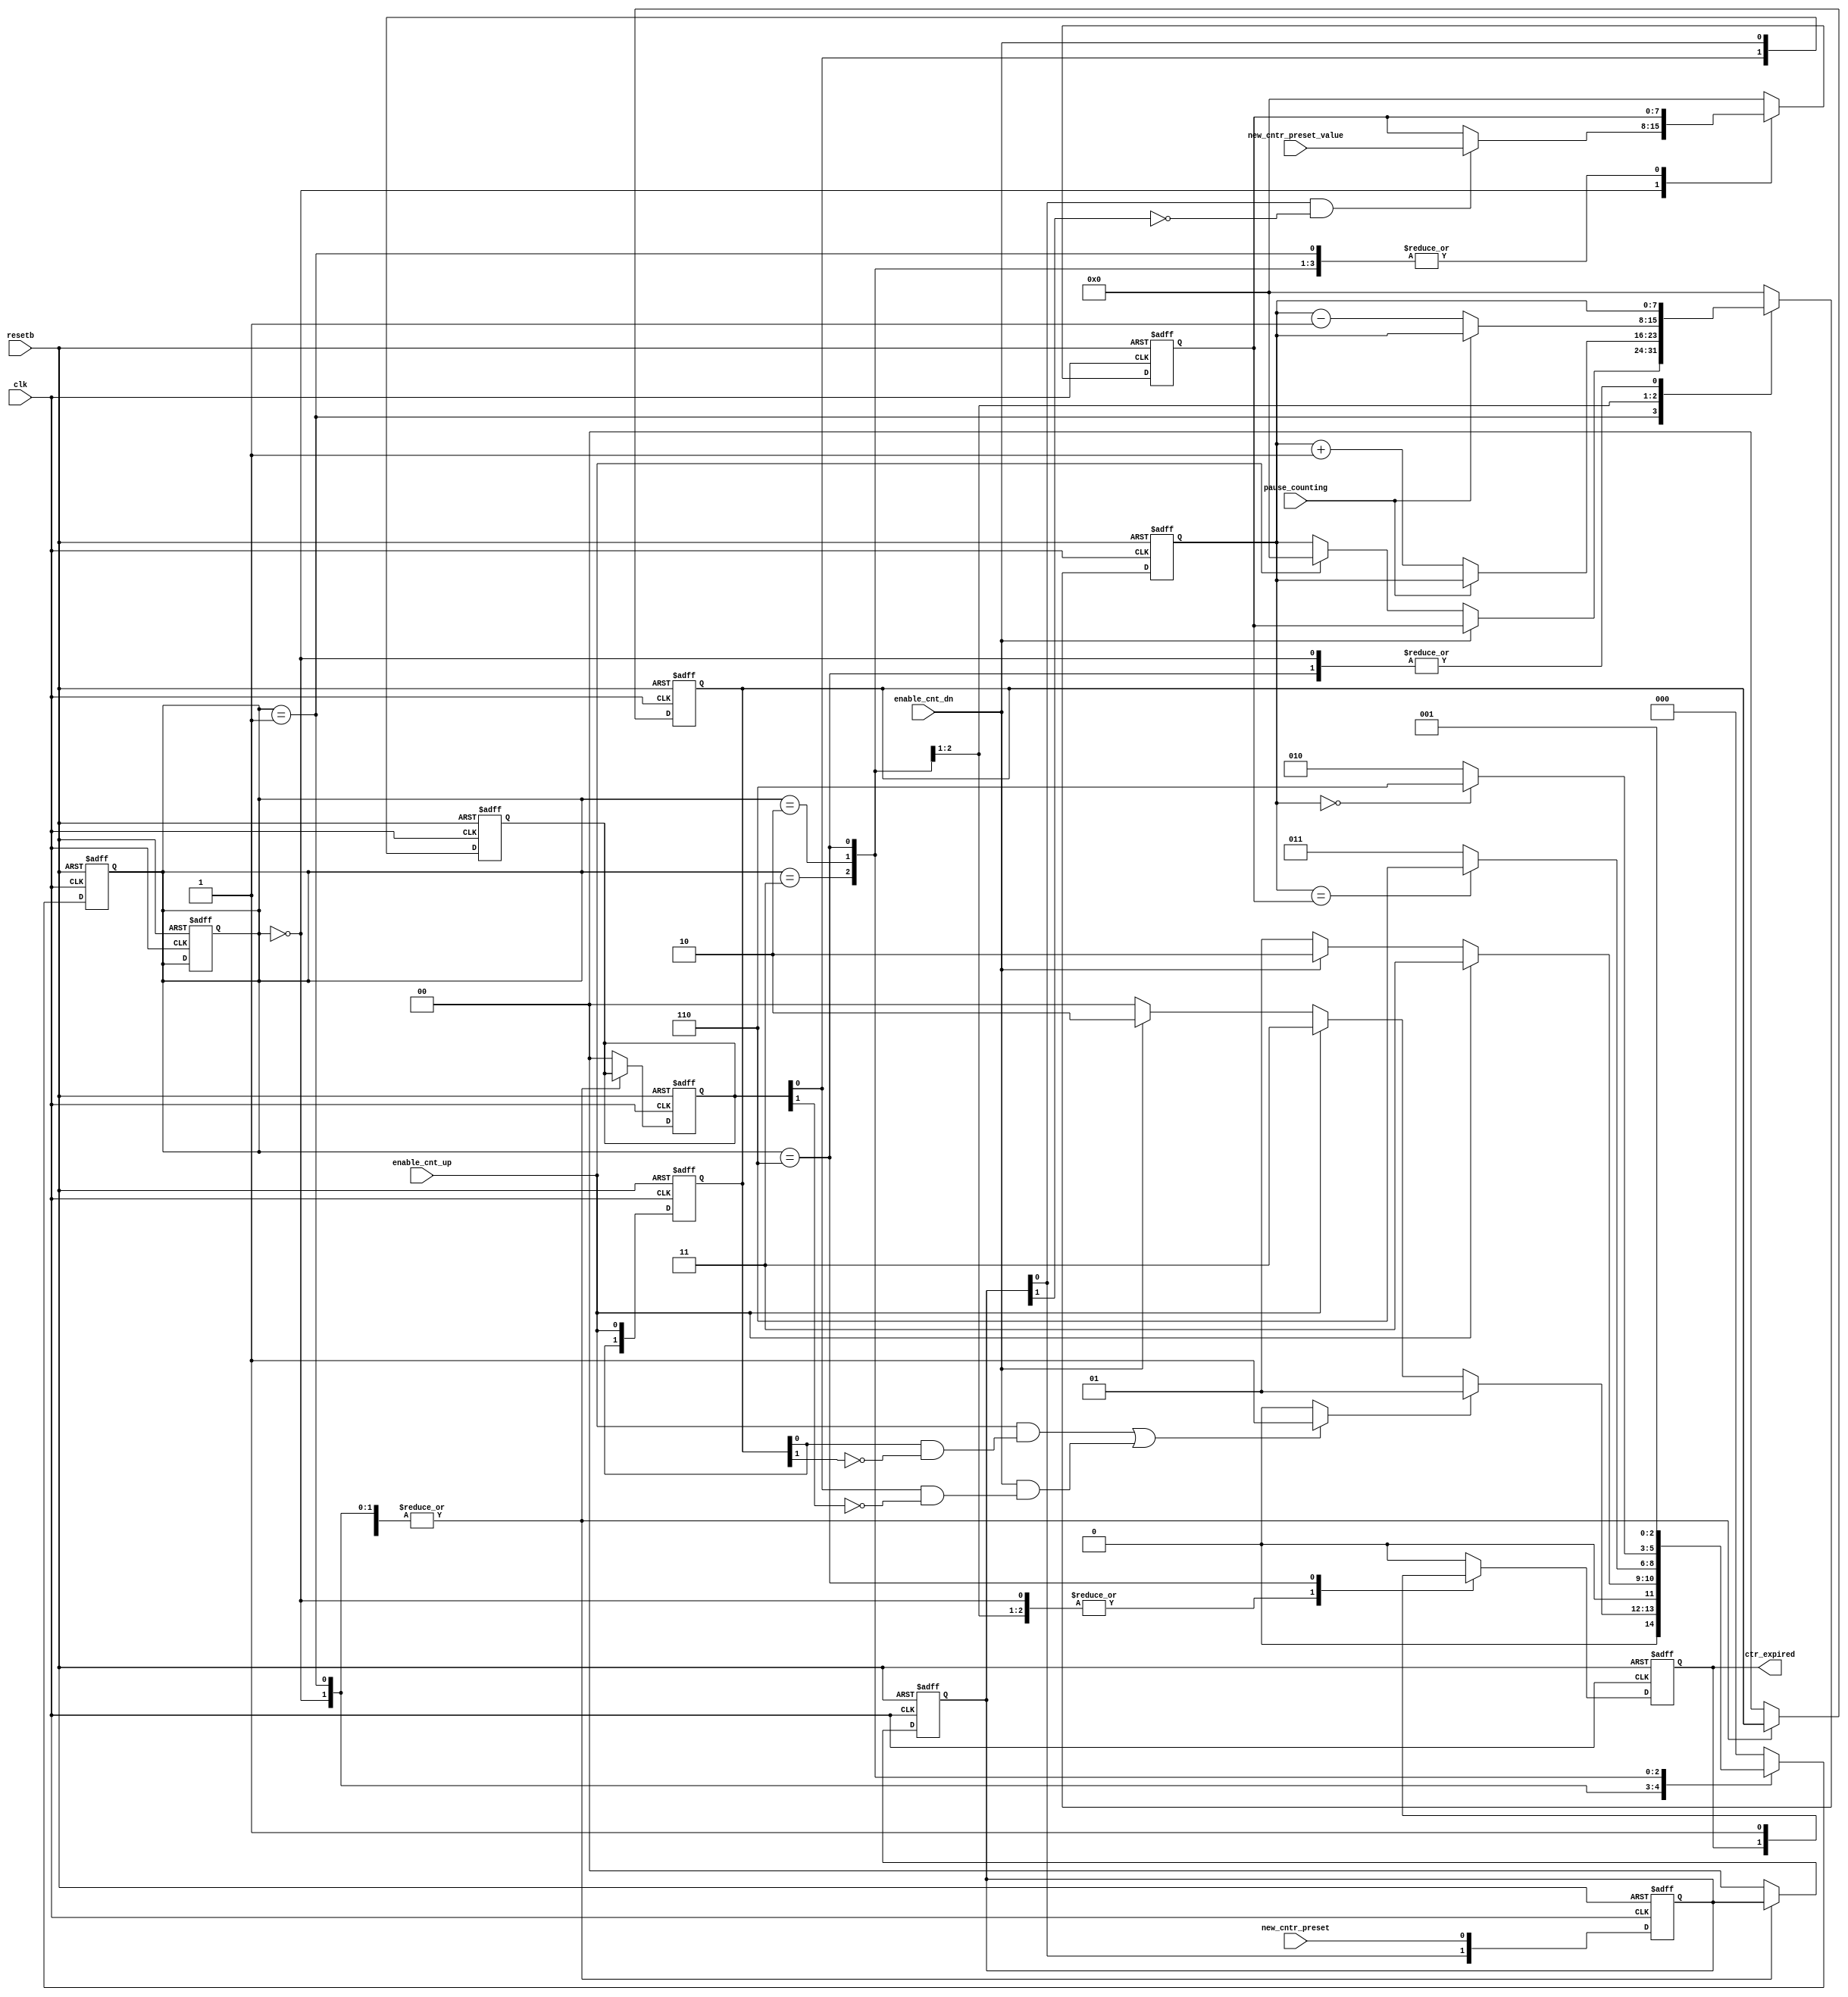
module verset_updown_counter1 #(parameter PRESET_VALUE = 200)
		(clk,					// input clock
		resetb,					// input reset bottom
		new_cntr_preset,		// input preset signal
		new_cntr_preset_value,	// input preset value
		enable_cnt_up,			// input counting up signal
		enable_cnt_dn,			// input counting down signal
		pause_counting,			// input pause counting signal
		ctr_expired				// output counting expired signal
		);
//################################################################
input			clk;
input			resetb;
input			new_cntr_preset;
input	[7:0]	new_cntr_preset_value;
input			enable_cnt_dn;
input			enable_cnt_up;
input			pause_counting;
output			ctr_expired;
//################################################################
localparam		Idle			= 3'b000,
				//New_Preset 		= 3'b001,
				Reload			= 3'b001,
				Count_Up 		= 3'b011,
				Count_Down		= 3'b010,
				Count_Expired 	= 3'b110;
reg		[2:0]	CurrentState, NxtState;
//################################################################
reg		[1:0]	enable_cnt_up_d1;
reg		[1:0]	enable_cnt_dn_d1;
reg		[1:0]	new_cntr_preset_d1;
wire			enable_cnt_up_risedge, enable_cnt_dn_risedge, new_cntr_preset_risedge;
wire			new_preset_sig, reload_sig;

assign 	enable_cnt_up_risedge 	= enable_cnt_up_d1[0] & !enable_cnt_up_d1[1];
assign 	enable_cnt_dn_risedge 	= enable_cnt_dn_d1[0] & !enable_cnt_dn_d1[1];
assign 	new_cntr_preset_risedge = new_cntr_preset_d1[0] & !new_cntr_preset_d1[1];

assign  reload_sig 				= ((enable_cnt_up & enable_cnt_up_risedge) || (enable_cnt_dn & enable_cnt_dn_risedge)) ? 1'b1 : 1'b0;

reg		[7:0]	cnt255;
reg		[7:0]	cnt255_preset_stored;
reg 			ctr_expired;

always @(posedge clk, negedge resetb) begin
	if(!resetb) begin
		enable_cnt_up_d1 <= 2'd0;
		enable_cnt_dn_d1 <= 2'd0;
		new_cntr_preset_d1 <= 2'd0;
	end
	else begin
		enable_cnt_up_d1 <= {enable_cnt_up_d1[0],enable_cnt_up};
		enable_cnt_dn_d1 <= {enable_cnt_dn_d1[0],enable_cnt_dn};
		new_cntr_preset_d1 <= {new_cntr_preset_d1[0],new_cntr_preset};
	end
end

always @(posedge clk, negedge resetb) begin
	if(!resetb)
		CurrentState <= Idle;
	else
		CurrentState <= NxtState;
end

always @(*) begin
	NxtState = Idle;
	case(CurrentState)
	Idle:
	begin
		if (reload_sig)
			NxtState = Reload;
		else if ( enable_cnt_up)
			NxtState = Count_Up;
		else if (enable_cnt_dn)
			NxtState = Count_Down;
		else    
			NxtState = Idle;
	end
	//New_Preset:
	Reload:
	begin
		if(enable_cnt_up)
			NxtState = Count_Up;
		else if(enable_cnt_dn)
			NxtState = Count_Down;
		else
			NxtState = Reload;
	end
	Count_Up:
	begin
		if(cnt255 == cnt255_preset_stored)
			NxtState = Count_Expired;
		else
			NxtState = Count_Up;
	end
	Count_Down:
	begin
		if(cnt255 == 8'd0)
			NxtState = Count_Expired;
		else
			NxtState = Count_Down;
	end
	Count_Expired:
	begin
		NxtState = Reload;
	end
	default:
	begin
		NxtState = Idle;
	end
	endcase
end

always @(posedge clk, negedge resetb) begin
	if(!resetb) begin
		ctr_expired 			<= 1'b0;
		cnt255_preset_stored 	<= 8'd0;
		cnt255 					<= 8'd0;
		CurrentState			<= Idle;
		enable_cnt_up_d1		<= 2'd0;
		enable_cnt_dn_d1		<= 2'd0;
		new_cntr_preset_d1		<= 2'd0;
	end
	else
		case(CurrentState)
		Idle:
		begin
			if(new_cntr_preset_risedge)
				cnt255_preset_stored <= new_cntr_preset_value;
			else
				cnt255_preset_stored <= cnt255_preset_stored;
		end
		Reload:
		begin
			ctr_expired <= 0;
			case(1'b1)
			enable_cnt_dn: 	cnt255 <= cnt255_preset_stored;
			enable_cnt_up: 	cnt255 <= 8'd0;
			default:		cnt255 <= cnt255;
			endcase

		end
		Count_Up:
			if(pause_counting)
				cnt255 <= cnt255;
			else
				cnt255 <= cnt255 + 1'b1;
		Count_Down:
			if(pause_counting)
				cnt255 <= cnt255;
			else
				cnt255 <= cnt255 - 1'b1;
		Count_Expired:
			ctr_expired <= 1'b1;
		default:
			begin
				ctr_expired 			<= 1'b0;
				cnt255_preset_stored 	<= 8'd0;
				cnt255 					<= 8'd0;
				//CurrentState			<= Idle;
				enable_cnt_up_d1		<= 2'd0;
				enable_cnt_dn_d1		<= 2'd0;
				new_cntr_preset_d1		<= 2'd0;
			end
		endcase
end

endmodule